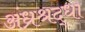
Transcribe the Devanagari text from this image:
अंध्रश्रद्धा